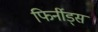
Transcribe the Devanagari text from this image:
फिर्नीड्स